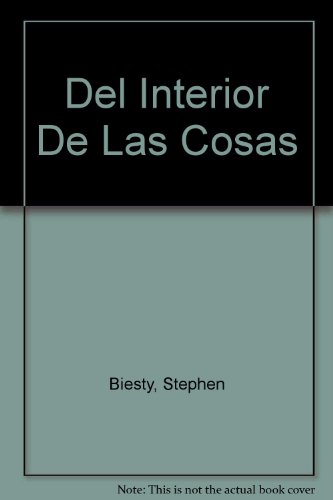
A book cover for El Asombroso Libro Del Interior De Las Cosas; Richard Platt; Teen & Young Adult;